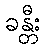
ခန္တီး